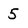
Character: 5